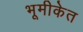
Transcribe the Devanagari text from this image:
भूमीकेत